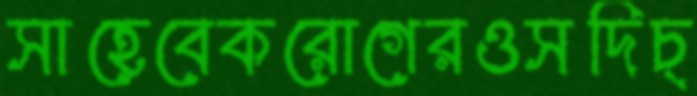
সাহেবেকরোগেরওসদিচ্